Report on the bubonic plague in Bombay, 1896-1897
Year: 1896
Disease focus: Plague
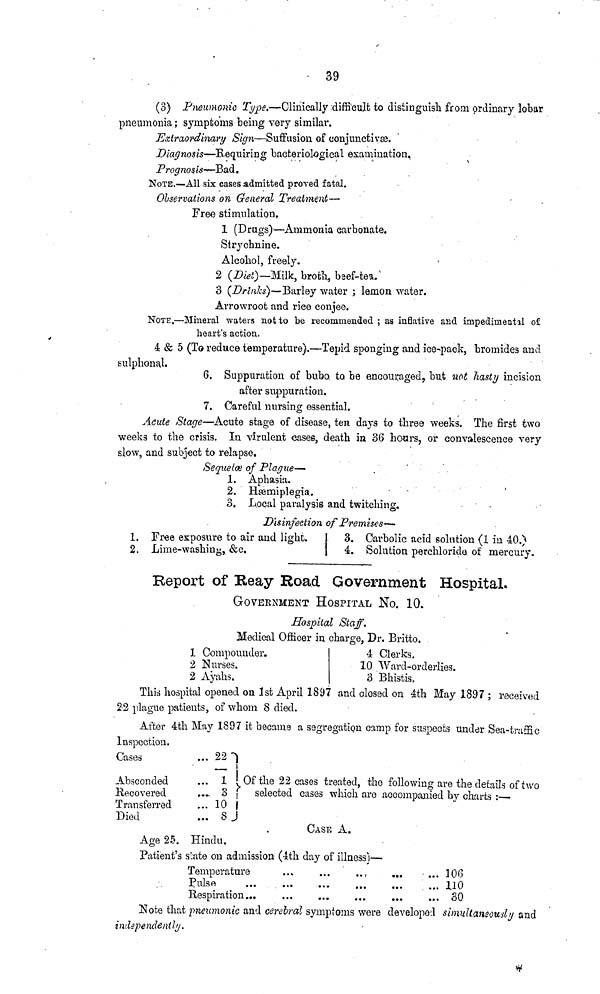
39
(8) Pneumonic Type.—Clinically difficult to distinguish from ordinary lobar
pneumonia ; symptoms being very similar.
Extraordinary Sign—Suffusion of conjunctivæ.
Diagnosis—Requiring bacteriological examination.
Prognosis—Bad.
NOTE.—All six cases admitted proved fatal.
Observations on General Treatment—
Free stimulation,
1 (Drugs)—Ammonia carbonate.
Strychnine.
Alcohol, freely.
2 (Diet)— Milk, broth, beef-ten,
3 (Drinks)—Barley water ; lemon water.
Arrowroot and rice conjee.
NOTE.—Mineral waters not to be recommended ; as inflative and impedimental of
heart's action.
4 & 5 (To reduce temperature).—Tepid sponging and ice-pack, bromides and
sulphonal.
6. Suppuration of bubo to be encouraged, but not hasty incision
after suppuration.
7. Careful nursing essential.
Aeute Stage—Acute stage of disease, ten days to three weeks. The first two
weeks to the crisis. In virulent cases, death in 36 hours, or convalescence very
slow, and subject to relapse.
Sequelae of Plague—
1. Aphasia.
2. Hæmiplegia.
3. Local paralysis and twitching.
Disinfeetion of Premises—
1. Free exposure to air and light.
2. Lime-washing, &c.
3. Carbolic acid solution (1 in 40.)
4. Solution perchloride of mercury.
Report of Reay Road Government Hospital.
GOVERNMENT HOSPITAL NO. 10.
Hospital Staff.
Medical Officer in charge, Dr. Britto.
1 Compounder.
2 Nurses.
2 Ayahs.
4 Clerks.
10 Ward-orderlies.
3 Bhistis,
This hospital opened on 1st April 1897 and closed on 4th May 1897 ; received
2.2 plague patients, of whom 8 died.
After 4th May 1897 it became a segregation camp for suspects under Sea-traffic
Inspection.
Cases
Absconded
Recovered
Transferred
Died
...
...
...
...
...
22
—
1
3
10
8
Of the 22 cases treated, the following are the details of two
selected cases which are accompanied by charts :—
CASE A.
Age 25. Hindu.
Patient's state on admission (4th day of illness)—
Temperature
Pulse ...
Respiration...
...
...
...
...
...
...
...
...
...
...
...
...
...
...
...
106
110
30
Note that pneumonic and cerebral symptoms were developed simultaneously and
independently.